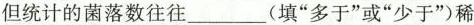
但统计的菌落数往往___填”多于”或”少于”)稀